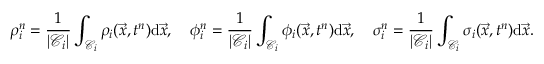
\rho _ { i } ^ { n } = \frac { 1 } { | \mathcal { C } _ { i } | } \int _ { \mathcal { C } _ { i } } \rho _ { i } ( \vec { x } , t ^ { n } ) \mathrm { d } \vec { x } , \quad \phi _ { i } ^ { n } = \frac { 1 } { | \mathcal { C } _ { i } | } \int _ { \mathcal { C } _ { i } } \phi _ { i } ( \vec { x } , t ^ { n } ) \mathrm { d } \vec { x } , \quad \sigma _ { i } ^ { n } = \frac { 1 } { | \mathcal { C } _ { i } | } \int _ { \mathcal { C } _ { i } } \sigma _ { i } ( \vec { x } , t ^ { n } ) \mathrm { d } \vec { x } .